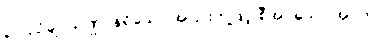
၃။ ပျဉ်ချပ်သဏ္ဌာန်ရှိသော အပြားတို့ဖြင့် စီအပ်သော အဝတ်၊